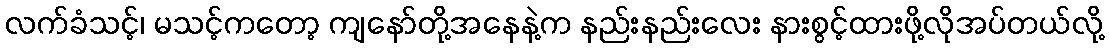
လက်ခံသင့်၊ မသင့်ကတော့ ကျနော်တို့အနေနဲ့က နည်းနည်းလေး နားစွင့်ထားဖို့လိုအပ်တယ်လို့